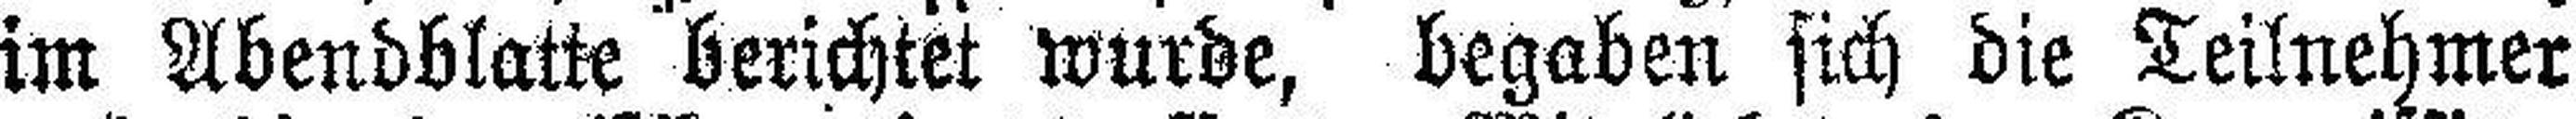
im Abendblatte berichtet wurde, begaben sich die Teilnehmer